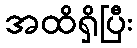
အထိရှိပြီး